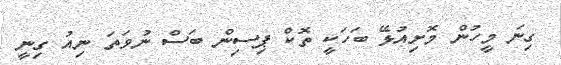
ގިނަ މީހުން މޮށިއުޅޭ ބަހަކީ ތޮޮކް ޕިސިން ބަސް ނުވަތަ ނިއު ގިނީ